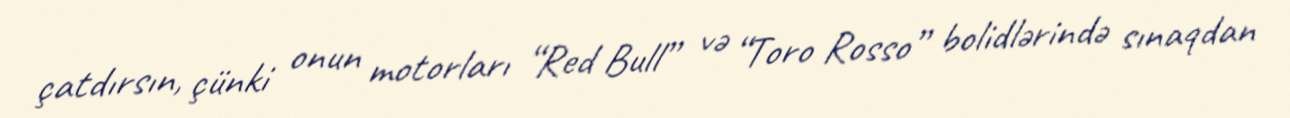
çatdırsın, çünki onun motorları “Red Bull” və “Toro Rosso” bolidlərində sınaqdan